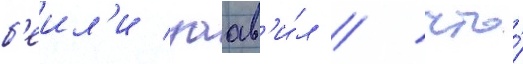
б'еил'и заав'и́л / что́